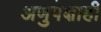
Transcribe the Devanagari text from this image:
अणुपेक्षाही